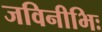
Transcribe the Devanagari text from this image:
जविनीभिः